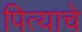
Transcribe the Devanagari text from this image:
पित्‍याचे